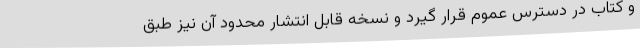
و کتاب در دسترس عموم قرار گیرد و نسخه قابلِ انتشار محدود آن نیز طبق